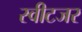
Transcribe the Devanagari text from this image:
स्वीटजर